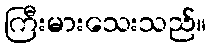
ကြီးမားသေးသည်။